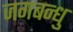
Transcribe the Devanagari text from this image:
जगबन्धु